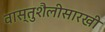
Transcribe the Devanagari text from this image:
वास्तुशैलीसारखी